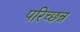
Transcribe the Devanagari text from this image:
परिच्छन्न